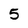
Character: 5